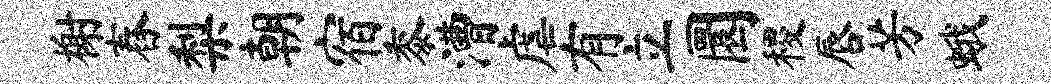
榭舂梨朝宿黍漕虐有立圜稷唇芳蛾